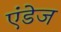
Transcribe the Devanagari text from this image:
एंडेज